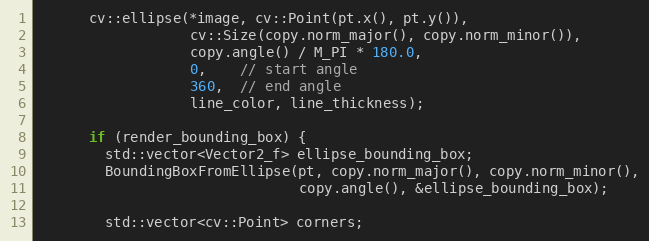
Language: C++
      cv::ellipse(*image, cv::Point(pt.x(), pt.y()),
                  cv::Size(copy.norm_major(), copy.norm_minor()),
                  copy.angle() / M_PI * 180.0,
                  0,    // start angle
                  360,  // end angle
                  line_color, line_thickness);

      if (render_bounding_box) {
        std::vector<Vector2_f> ellipse_bounding_box;
        BoundingBoxFromEllipse(pt, copy.norm_major(), copy.norm_minor(),
                               copy.angle(), &ellipse_bounding_box);

        std::vector<cv::Point> corners;